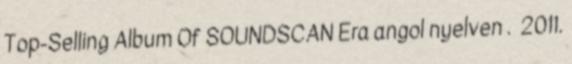
Top-Selling Album Of SOUNDSCAN Era angol nyelven . 2011.